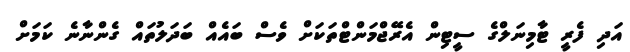
އަދި ފެރީ ޓާމިނަލްގެ ސީޓިން އެރޭޖްމަންޓްތަކަށް ވެސް ބައެއް ބަދަލުތައް ގެންނާނެ ކަމަށް